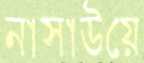
নাসাউয়ে